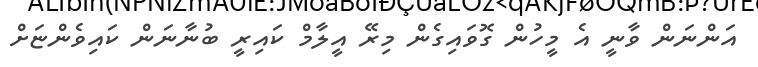
އަންނަން ވާނީ އެ މީހުން ގޮވައިގެން މިރޭ އީލާމް ކައިރީ ބުނާނަން ކައިވެންޏަށް